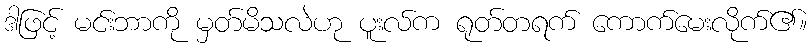
ဒါဖြင့် မင်းဘာကို မှတ်မိသလဲဟု ပူးလ်က ရုတ်တရက် ကောက်မေးလိုက်၏။